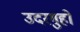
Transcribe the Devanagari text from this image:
उदरगुहो